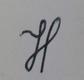
Signature authenticity: genuine